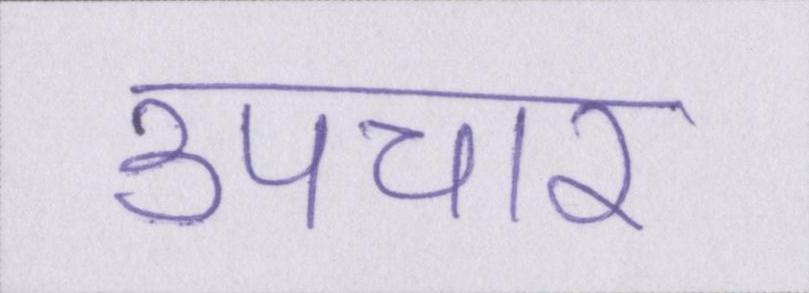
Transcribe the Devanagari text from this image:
उपचार